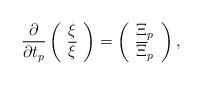
LaTeX: \begin{align*}\frac{\partial}{\partial t_p}\left(\begin{array}{cc} \xi \\ {\overline \xi} \end{array}\right)=\left(\begin{array}{cc} {\Xi}_p \\ {\overline \Xi}_p \end{array}\right),\end{align*}